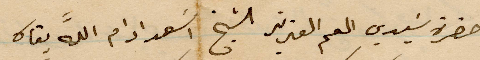
حضرة سيدي العم العزيز الشيخ اسعد ادام الله بقاه